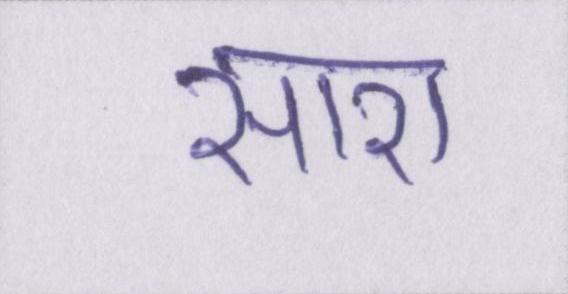
सारा